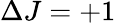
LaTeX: \Delta J=+1